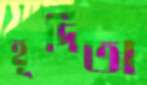
হূদিতা